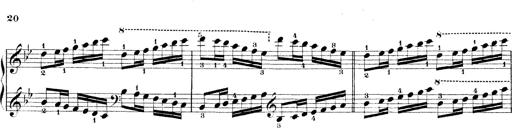
Title: Technische Studien
Composer: Franz Liszt